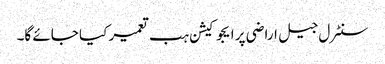
سنٹرل جیل اراضی پر ایجوکیشن ہب تعمیر کیا جائے گا۔